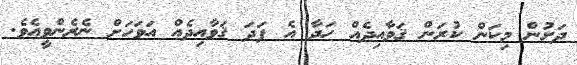
ދަށުން މިކަން ކުރަން ޤަވާއިދެއް ހަދާ އެ ފަދަ ޤަވާއިދެއް އަވަހަށް ނެރެންވީއެވެ.